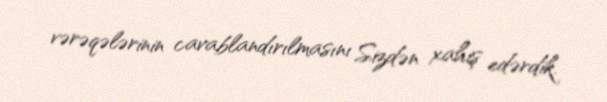
vərəqələrinin cavablandırılmasını Sizdən xahiş edərdik.